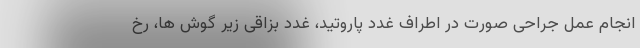
انجام عمل جراحی صورت در اطراف غدد پاروتید، غدد بزاقی زیر گوش ها، رخ